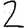
Digit: 2